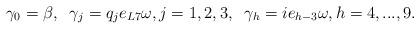
LaTeX: \begin{align*}\gamma_{0}=\beta,\;\; \gamma_{j}=q_{j}e_{L7}\omega, j=1,2,3, \;\;\gamma_{h}=ie_{h-3}\omega, h=4,...,9.\end{align*}